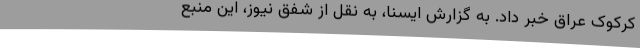
کرکوک عراق خبر داد. به گزارش ایسنا، به نقل از شفق نیوز، این منبع